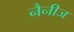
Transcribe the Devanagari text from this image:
नैनीज